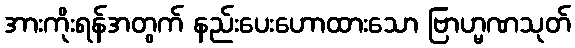
အားကိုးရန်အတွက် နည်းပေးဟောထားသော ဗြာဟ္မဏသုတ်